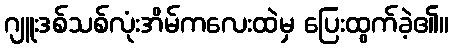
ဂျူးဒစ်သစ်လုံးအိမ်ကလေးထဲမှ ပြေးထွက်ခဲ့၏။